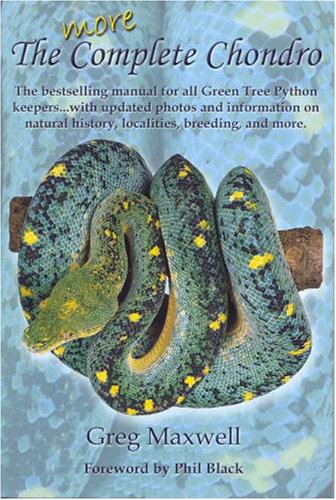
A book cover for More Complete Chondro, the bestselling manual for all Green Tree Python keepers; Greg Maxwell; Crafts, Hobbies & Home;